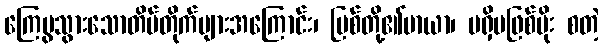
ကြေမွသွားသောတိမ်တိုက်များအကြောင်း၊ မြစ်တို့၏မာယာ၊ မရှိမဖြစ်မိုး စတဲ့